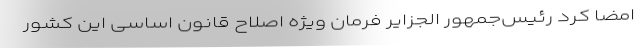
امضا کرد رئیس‌جمهور الجزایر فرمان ویژه اصلاح قانون اساسی این کشور